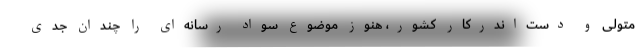
متولی و دست‌اندرکار کشور، هنوز موضوع سواد رسانه­‌ای را چندان جدی